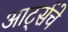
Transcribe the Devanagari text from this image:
आर्ट्सचे